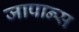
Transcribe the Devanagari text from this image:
जापान्स